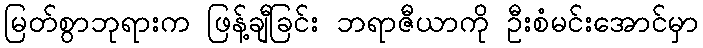
မြတ်စွာဘုရားက ဖြန့်ချီခြင်း ဘရာဇီယာကို ဦးစံမင်းအောင်မှာ